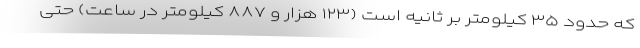
که حدود ۳۵ کیلومتر بر ثانیه است (۱۲۳ هزار و ۸۸۷ کیلومتر در ساعت) حتی